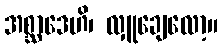
အစ္ဆာဒေဟိ၊ လှူချေလော့။